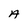
Character: A